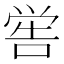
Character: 喾